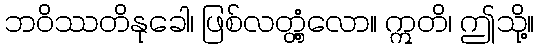
ဘဝိဿတိနုခေါ၊ ဖြစ်လတ္တံ့လော။ ဣတိ၊ ဤသို့။